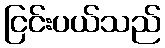
ငြင်းပယ်သည်